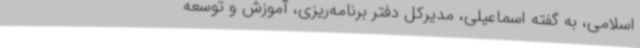
اسلامی، به گفته اسماعیلی، مدیرکل دفتر برنامه‌ریزی، آموزش و توسعه